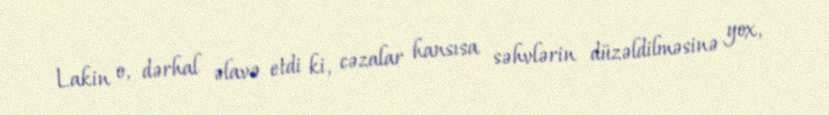
Lakin o, dərhal əlavə etdi ki, cəzalar hansısa səhvlərin düzəldilməsinə yox,